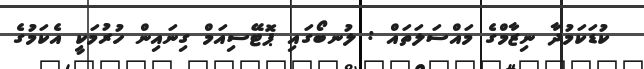
ކުޑަކަމުދާ ނިޒާމްގެ މައްސަލަތައް : ލުނބޯގައި ޕޮޓޭސިއަމް ގިނައިން ހުރުމަކީ އެކަމުގެ